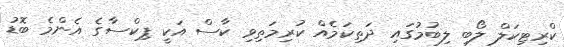
ކްރިޓިކަލް ލޯބި ލިބުމުގައި ދަތިކަމެއް ކުރިމަތިވި ކާސް އަކީ ޕިކްސާގެ އެންމެ ބޮޑު